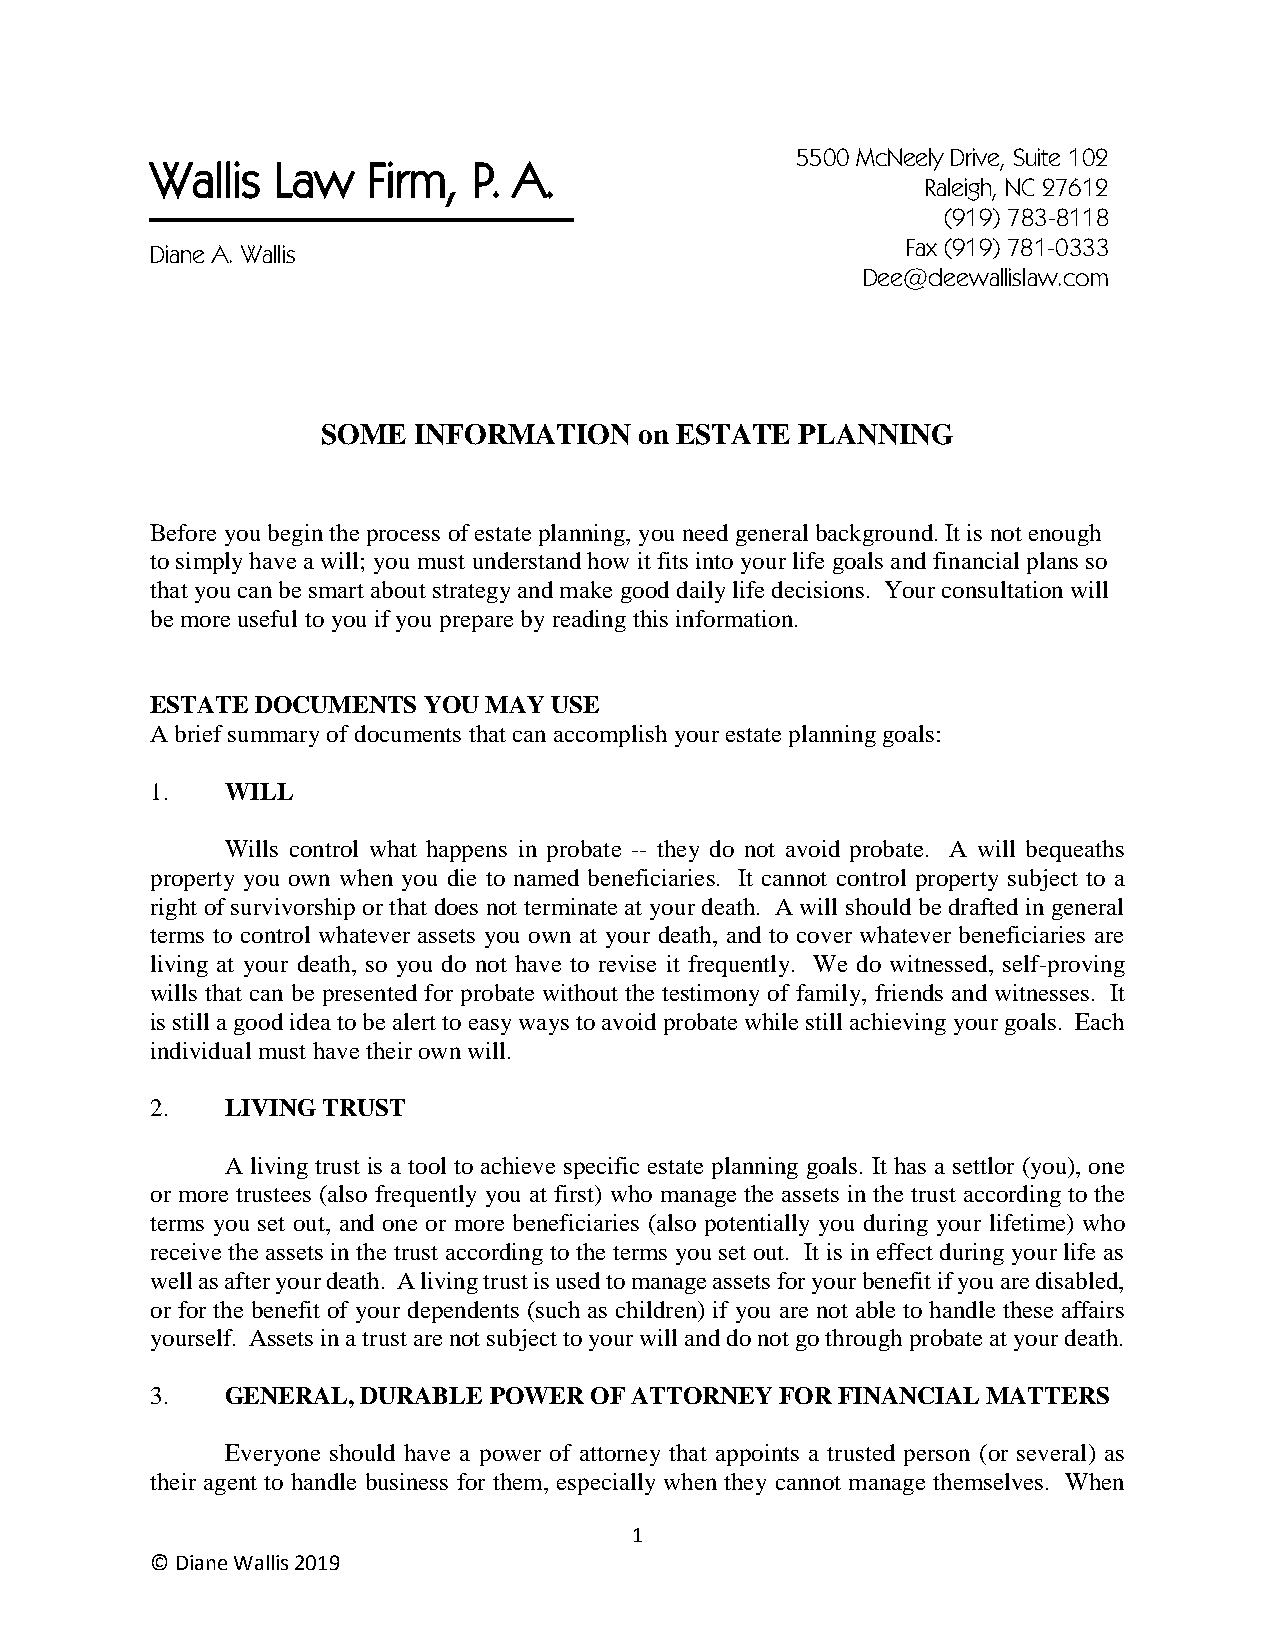
5500 McNeely Drive, Suite 102
 Wallis  Law   Firm,  P. A.
 Rale igh, NC 27612
 (919) 783-8118
 Diane A. Wallis                                   Fax (919) 781-0333
 Dee@deewallislaw.com
 SOME  INFORMATION    on ESTATE  PLANNING
 Before you begin the process of estate planning, you need general background. It is not enough
 to simply have a will; you must understand how it fits into your life goals and financial plans so
 that you can be smart about strategy and make good daily life decisions. Your consultation will
 be more useful to you if you prepare by reading this information.
 ESTATE DOCUMENTS  YOU MAY  USE
 A brief summary of documents that can accomplish your estate planning goals:
 1.   WILL
 Wills control what happens in probate -- they do not avoid probate. A will bequeaths
 property you own when you die to named beneficiaries. It cannot control property subject to a
 right of survivorship or that does not terminate at your death. A will should be drafted in general
 terms to control whatever assets you own at your death, and to cover whatever beneficiaries are
 living at your death, so you do not have to revise it frequently. We do witnessed, self-proving
 wills that can be presented for probate without the testimony of family, friends and witnesses. It
 is still a good idea to be alert to easy ways to avoid probate while still achieving your goals. Each
 individual must have their own will.
 2.   LIVING TRUST
 A living trust is a tool to achieve specific estate planning goals. It has a settlor (you), one
 or more trustees (also frequently you at first) who manage the assets in the trust according to the
 terms you set out, and one or more beneficiaries (also potentially you during your lifetime) who
 receive the assets in the trust according to the terms you set out. It is in effect during your life as
 well as after your death. A living trust is used to manage assets for your benefit if you are disabled,
 or for the benefit of your dependents (such as children) if you are not able to handle these affairs
 yourself. Assets in a trust are not subject to your will and do not go through probate at your death.
 3.   GENERAL, DURABLE POWER  OF ATTORNEY  FOR FINANCIAL MATTERS
 Everyone should have a power of attorney that appoints a trusted person (or several) as
 their agent to handle business for them, especially when they cannot manage themselves. When
 1
 © Diane Wallis 2019